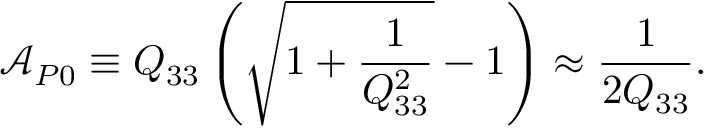
\mathcal { A } _ { P 0 } \equiv Q _ { 3 3 } \left( \sqrt { 1 + \frac { 1 } { Q _ { 3 3 } ^ { 2 } } } - 1 \right) \approx \frac { 1 } { 2 Q _ { 3 3 } } .